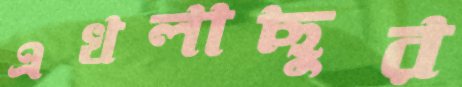
এখলাছুর